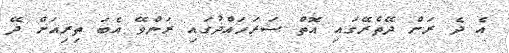
އެ ދެ ރަށް ދޭތެރޭގައި އޮތް ސަރަހައްދުގައި ރަންވޭ އެބަ ތިރިއަށް ދޭ